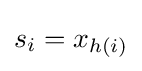
s_{i}=x_{h(i)}